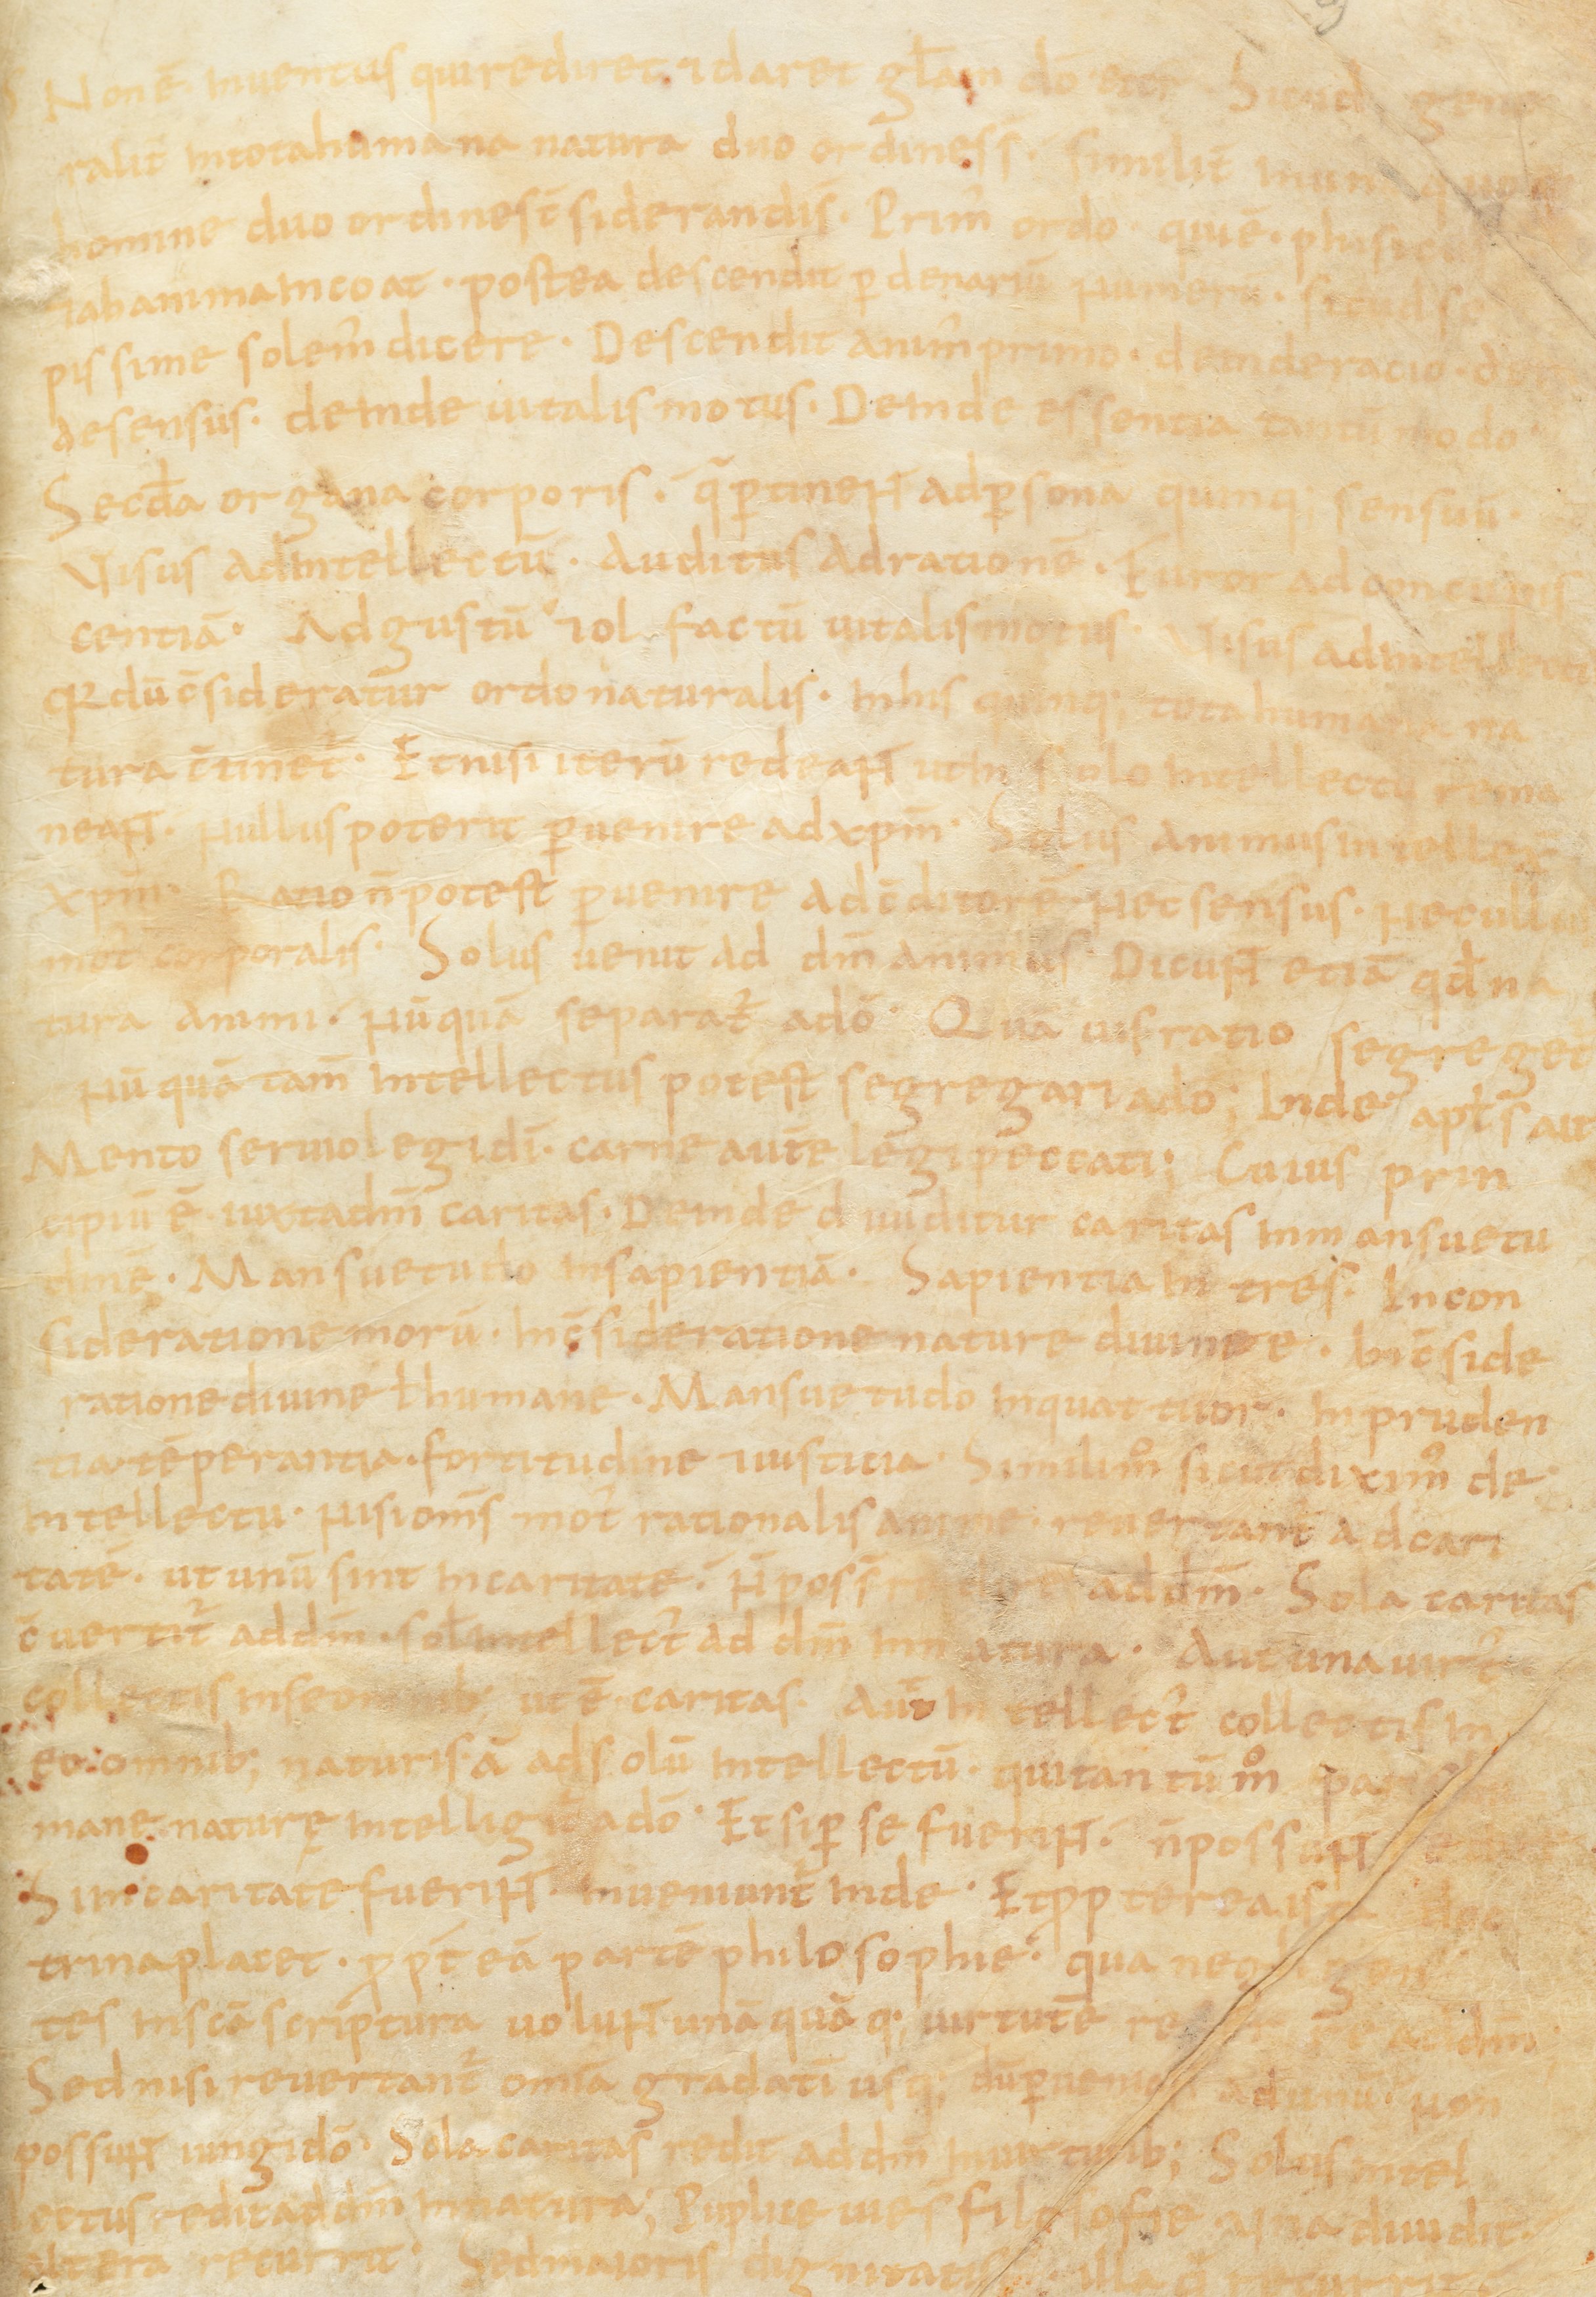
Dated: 867–949